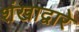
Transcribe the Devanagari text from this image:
शंखाद्वारे